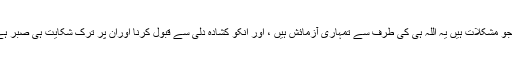
یہ جو مشکلات ہیں یہ اللہ ہی کی طرف سے تمہاری آزمائش ہیں ، اور انکو کشادہ دلی سے قبول کرنا اوران پر ترکِ شکایت ہی صبر ہے ۔